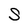
Character: S